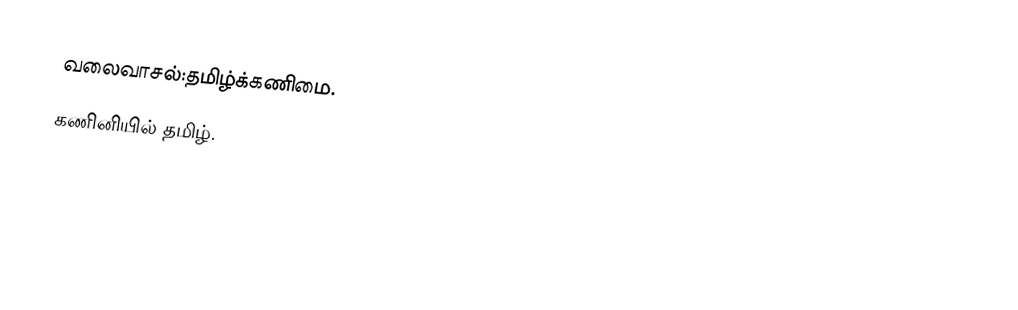
வலைவாசல்:தமிழ்க்கணிமை.
 கணினியில் தமிழ்.